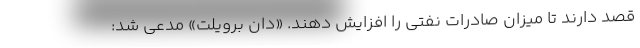
قصد دارند تا میزان صادرات نفتی را افزایش دهند. «دان برویلت» مدعی شد: